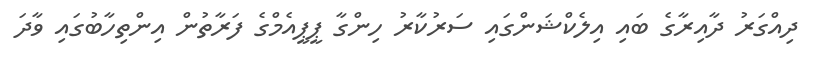
ދިއްގަރު ދާއިރާގެ ބައި އިލެކްޝަންގައި ސަރުކާރު ހިންގާ ޕީޕީއެމްގެ ފަރާތުން އިންތިހާބުގައި ވާދަ